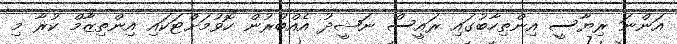
އަންނަ ރިޔާސީ އިންތިހާބުގައި ރައީސް ނަޝީދު އެއްބުރުން ހޮވުމަށްޓަކައި އިންތިޒާމް ކުރާ މި